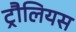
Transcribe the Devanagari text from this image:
ट्रौलियस